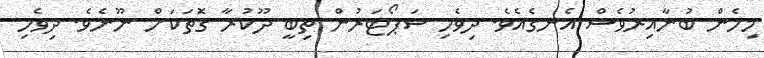
މިހެން ބުނާއިރުވެސް އެނގެއެވެ. ދިވެހި ސަޕޯޓަރުން ތިބީ ދޫކުރާ ގޮަތަކަށް ނޫނެވެ. ދިވެހި